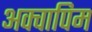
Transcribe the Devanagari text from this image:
अक्वापिम